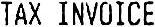
TAX INVOICE